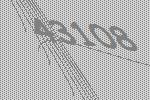
43108